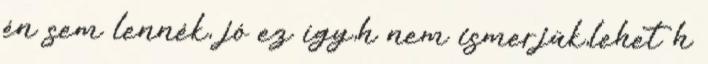
én sem lennék, jó ez így,h nem ismerjük,lehet h